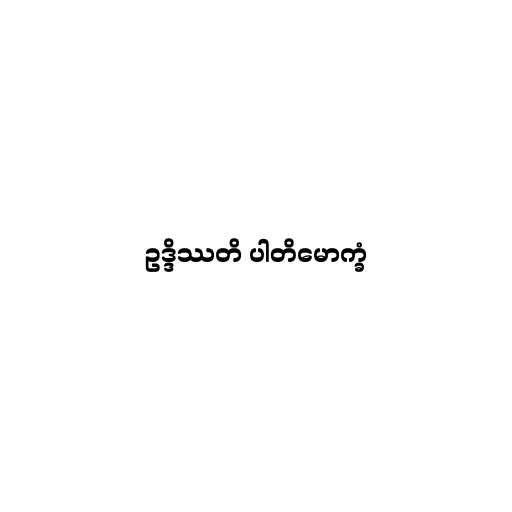
ဥဒ္ဒိဿတိ ပါတိမောက္ခံ